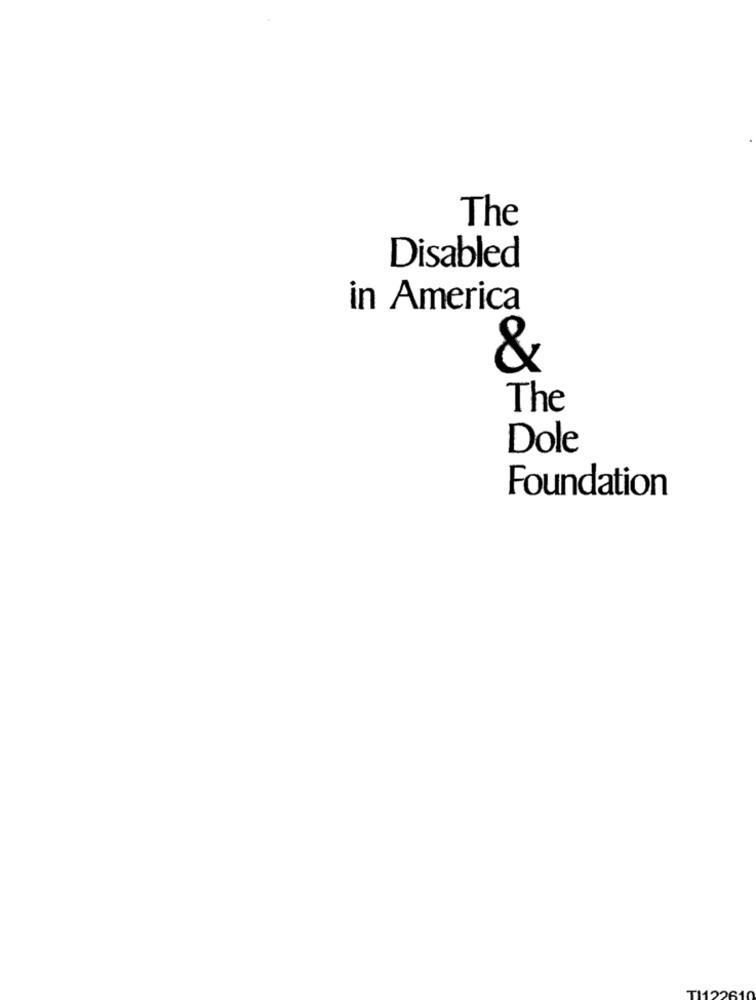
The
Disabled
in America
&
The
Dole
Foundation
TH22